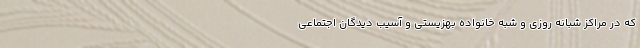
که در مراکز شبانه روزی و شبه خانواده بهزیستی و آسیب دیدگان اجتماعی